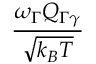
\frac { \omega _ { \Gamma } Q _ { \Gamma \gamma } } { \sqrt { k _ { B } T } }